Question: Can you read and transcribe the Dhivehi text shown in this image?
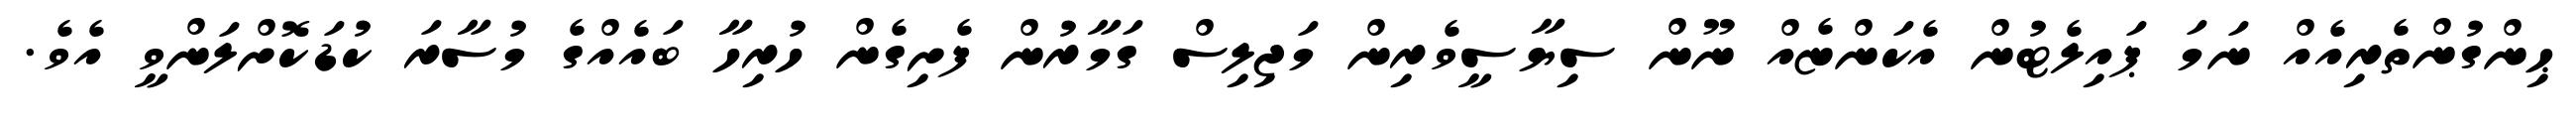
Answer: ޙިންގުންތެރިއެއް ނަމަ ޕައިލެޓުން އެކަންޏެއް ނޫން ސިޔާސީވެރިން މަޖިލިސް ގަމާރުން ފެށިގެން ހުރިހާ ބައެއްގެ މުސާރަ ކުޑަކޮށްލަންވީ އެވެ.